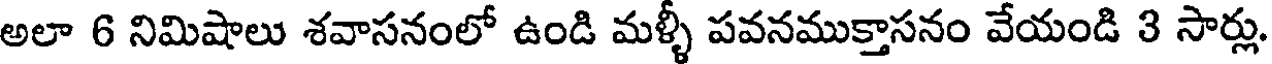
అలా 6 నిమిషాలు శవాసనంలో ఉండి మళ్ళీ పవనముక్తాసనం వేయండి 3 సార్లు